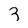
Character: 3